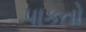
પાકતો